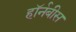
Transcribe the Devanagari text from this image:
हॉर्नबीस